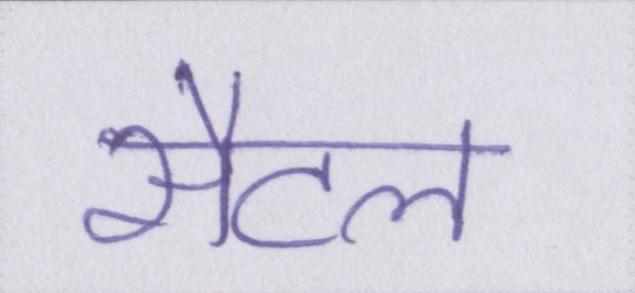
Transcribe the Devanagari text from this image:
सैटल